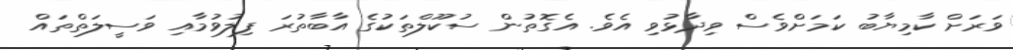
ވަރަށް ކާމިޔާބު ކަމަށްވެސް ވިދާޅުވި އެވެ. އެގޮތުން ސުކޫލްތަކުގެ އާބާތުރަ ފިލުވުމާއި ވަސީލަތްތައް